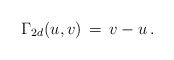
\begin{align*}\Gamma_{2d}(u,v) \,=\, v - u\,.\end{align*}